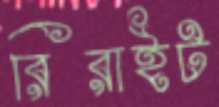
রিরাইট